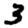
Digit: 3